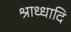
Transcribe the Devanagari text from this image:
श्राध्धादि